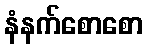
နံနက်စောစော